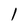
Character: 1